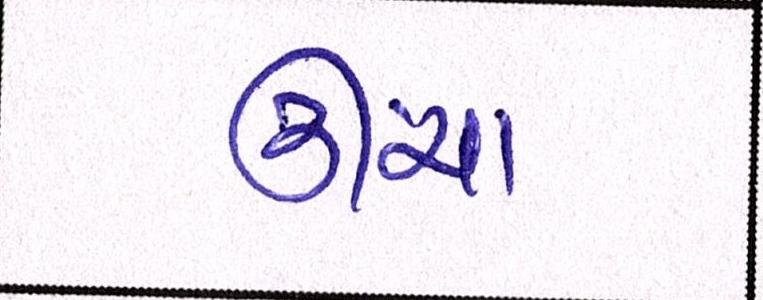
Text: ઊંચા